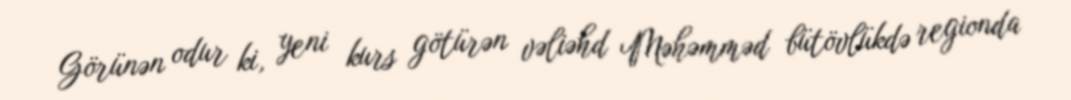
Görünən odur ki, yeni kurs götürən vəliəhd Məhəmməd bütövlükdə regionda